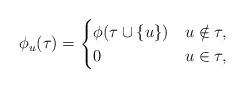
LaTeX: \begin{align*}\phi_{u}(\tau)=\begin{cases} \phi(\tau\cup\{u\}) & u\notin \tau,\\ 0 & u\in\tau, \end{cases}\end{align*}